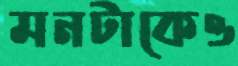
মনটাকেও